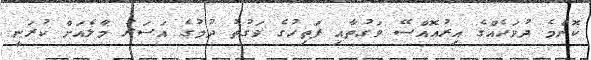
ކޮންމެ ދުވަހެއްގެ އިރުއޮއްސޭ ވަގުތާއި ފަތިހުގެ ވަގުތު ދުމުގެ އަސަރު މާލެއަށް ކުރަނީ